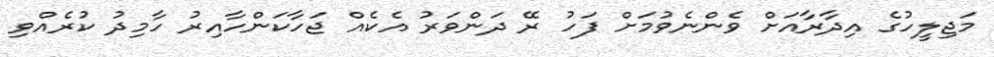
މަޖިލީހުގެ އިދާރާއަށް ވެންނެވުމަށް ފަހު ރޭ ދަންވަރު އެކެއް ޖަހާކަންހާއިރު ހާމިދު ކުރެއްވި